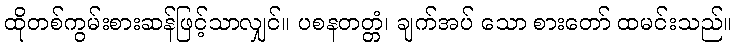
ထိုတစ်ကွမ်းစားဆန်ဖြင့်သာလျှင်။ ပစနတတ္တံ၊ ချက်အပ် သော စားတော် ထမင်းသည်။